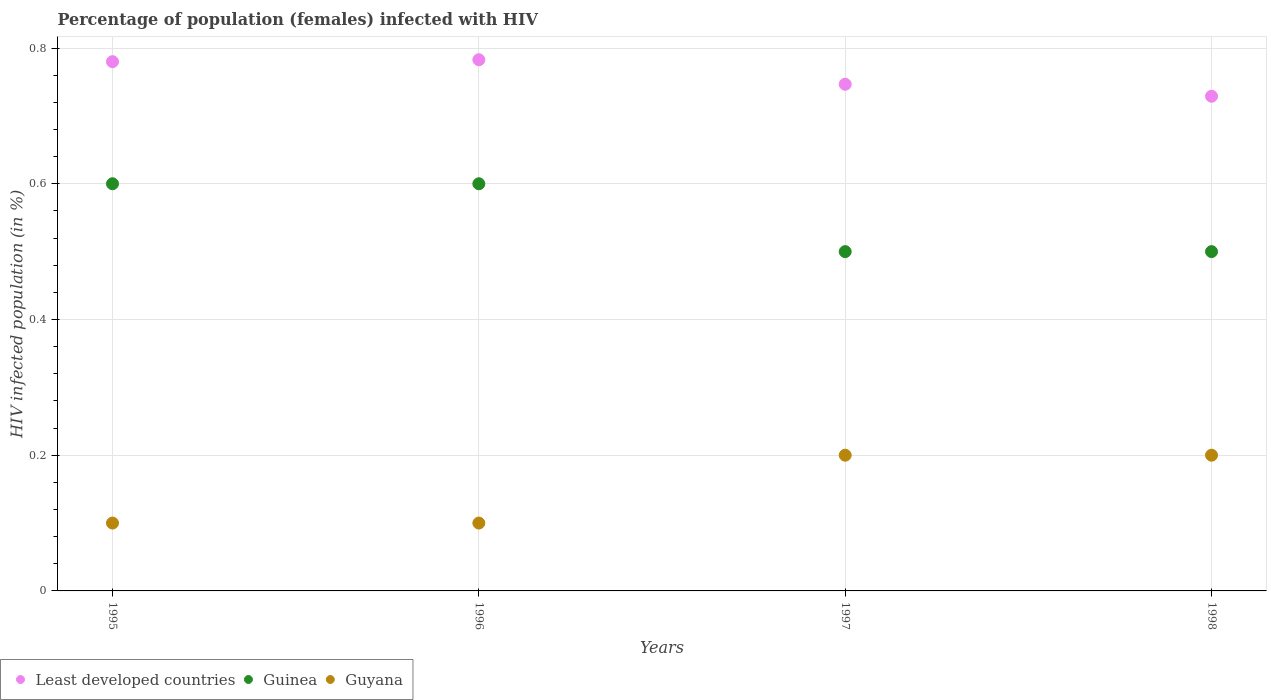
| Years | Least developed countries | Guinea | Guyana |
 | --- | --- | --- | --- |
 | 1995 | 0.78 | 0.6 | 0.1 |
 | 1996 | 0.783 | 0.6 | 0.1 |
 | 1997 | 0.747 | 0.5 | 0.2 |
 | 1998 | 0.729 | 0.5 | 0.2 |